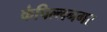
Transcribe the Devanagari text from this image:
कंपिल्लनगर